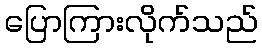
ပြောကြားလိုက်သည်